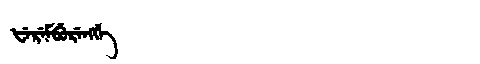
Manchu: ᡶᡝᡵᡝᠮᠪᡠᡵᡝᠩᡤᡝ
Romanization: FEREMBURENGGE